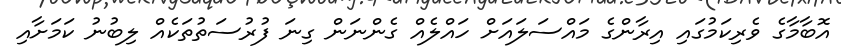
އޮބާމާގެ ވެރިކަމުގައި އިރާންގެ މައްސަލައަށް ހައްލެއް ގެންނަން ގިނަ ފުރުސަތުތަކެއް ލިބުނު ކަމަށާއި